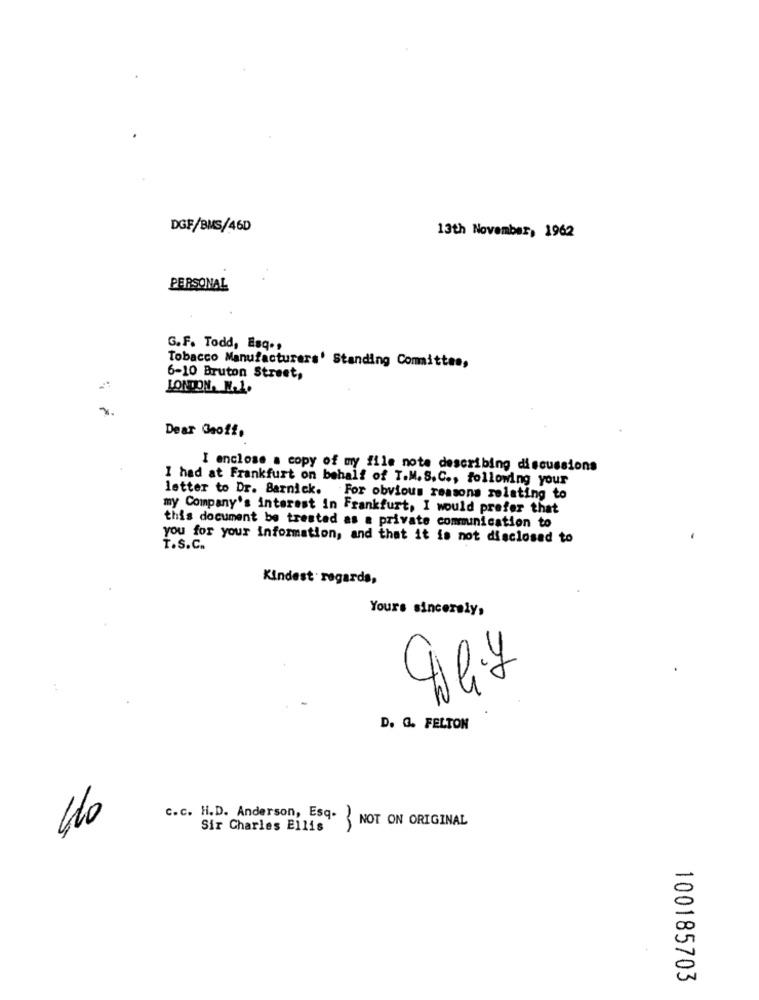
DGF/BMS/46D
13th November, 1962
PERSONAL
G.F. Todd, Esq .,
Tobacco Manufacturers' Standing Committee,
6-10 Bruton Street,
LONDON. N.1.
Dear Geoff,
I enclose a copy of my file note describing discussions
I had at Frankfurt on behalf of T.M. S.C ., following your
letter to Dr. Barnick. For obvious reasons relating to
my Company's interest in Frankfurt, I would prefer that
this document be treated as a private communication to
you for your information, and that it is not disclosed to
T.S.C.
Kindest regards,
Yours sincerely,
D. G. FELTON
40
c.c. H.D. Anderson, Esq. NOT ON ORIGINAL
Sir Charles Ellis
100185703